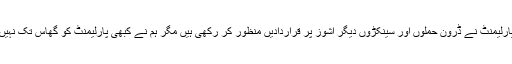
اسی پارلیمنٹ نے ڈرون حملوں اور سینکڑوں دیگر اشوز پر قراردادیں منظور کر رکھی ہیں مگر ہم نے کبھی پارلیمنٹ کو گھاس تک نہیں ڈالی۔